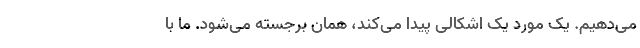
می‌دهیم. یک مورد یک اشکالی پیدا می‌کند، همان برجسته می‌شود. ما با